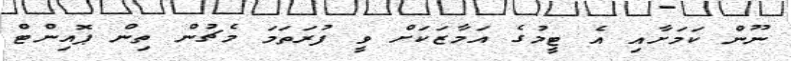
ނޫން ކަމަށާއި އެ ޓީމުގެ އަމާޒަކަށް ވީ ފުރަތަމަ މެޗުން ތިން ޕޮއިންޓް